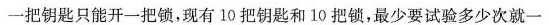
一把钥匙只能开一把锁，现有10把钥匙和10把锁，最少要试验多少次就一